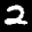
Label: 2